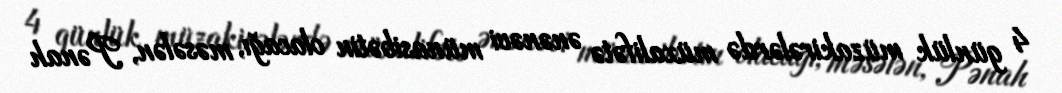
4 günlük müzakirələrdə müxalifətə ənənəvi münasibətin olacağı, məsələn, Pənah